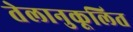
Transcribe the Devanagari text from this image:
तेलानुकूलित